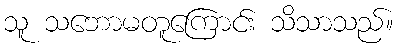
သူ သဘောမတူကြောင်း သိသာသည်။